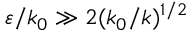
\varepsilon / k _ { 0 } \gg 2 ( k _ { 0 } / k ) ^ { 1 / 2 }